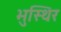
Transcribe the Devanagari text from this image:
भुस्थिर